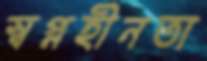
স্বপ্নহীনতা